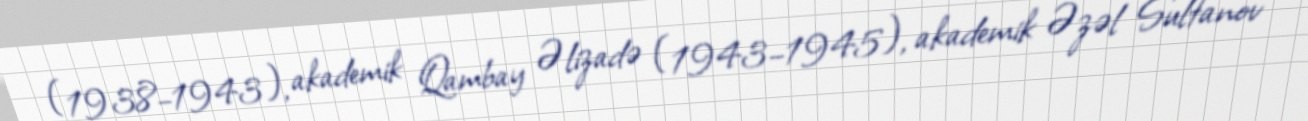
(1938–1943), akademik Qambay Əlizadə (1943–1945), akademik Əzəl Sultanov